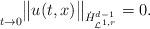
LaTeX: \begin{align*}\underset{t \rightarrow 0}{\ }\big\|u(t,x)\big\|_{\dot{H}^{d-1}_{\mathcal{L}^{1,r}}} = 0.\end{align*}